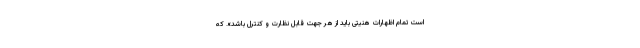
است تمام اظهارات هنیتی باید از هر جهت قابل نظارت و کنترل باشد». که